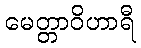
မေတ္တာဝိဟာရီ